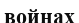
войнах